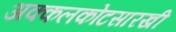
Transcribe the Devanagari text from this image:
अक्कलकोटसारखी